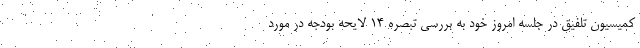
کمیسیون تلفیق در جلسه امروز خود به بررسی تبصره ١۴ لایحه بودجه در مورد